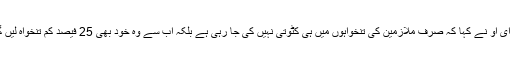
سی ای او نے کہا کہ صرف ملازمین کی تنخواہوں میں ہی کٹوتی نہیں کی جا رہی ہے بلکہ اب سے وہ خود بھی 25 فیصد کم تنخواہ لیں گے۔